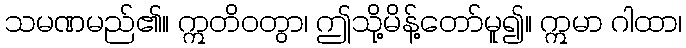
သမဏမည်၏။ ဣတိဝတွာ၊ ဤသို့မိန့်တော်မူ၍။ ဣမာ ဂါထာ၊